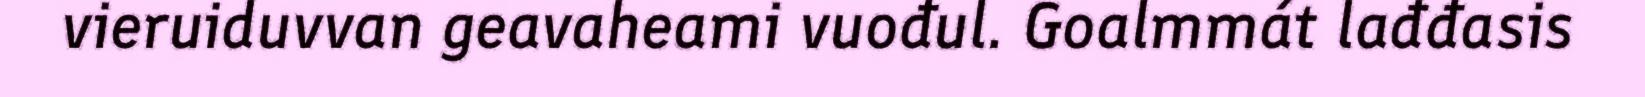
vieruiduvvan geavaheami vuođul. Goalmmát lađđasis